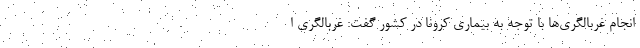
انجام غربالگری‌ها با توجه به بیماری کرونا در کشور گفت: غربالگری ا